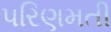
પરિણમતી